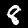
Digit: 8